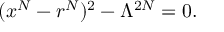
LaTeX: ( x ^ { N } - r ^ { N } ) ^ { 2 } - \Lambda ^ { 2 N } = 0 .